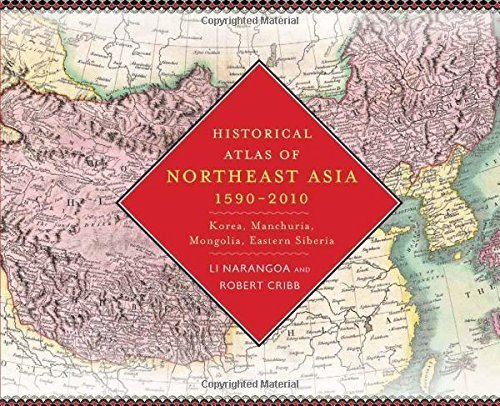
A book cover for Historical Atlas of Northeast Asia, 1590-2010: Korea, Manchuria, Mongolia, Eastern Siberia Hardcover September 2, 2014; Li Narangoa Robert Cribb; Travel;